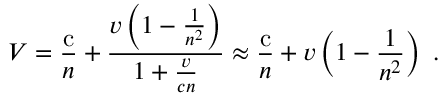
V = { \frac { \mathrm { c } } { n } } + { \frac { v \left( 1 - { \frac { 1 } { n ^ { 2 } } } \right) } { 1 + { \frac { v } { c n } } } } \approx { \frac { \mathrm { c } } { n } } + v \left( 1 - { \frac { 1 } { n ^ { 2 } } } \right) \ .